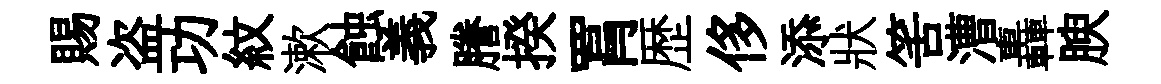
賜盗功紋漱蝕義謄揆罥歴侈添狀筈漕轟腴